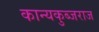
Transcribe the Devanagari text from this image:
कान्यकुब्जराज